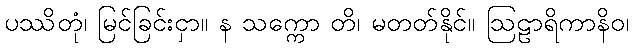
ပဿိတုံ၊ မြင်ခြင်းငှာ။ န သက္ကော တိ၊ မတတ်နိုင်။ ဩဠာရိကာနိဝ၊